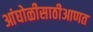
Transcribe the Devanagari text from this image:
आंघोळीसाठीआणत